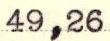
49,26